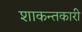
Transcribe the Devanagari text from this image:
शाकन्तकारी